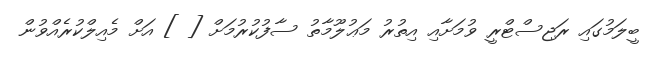
ބީލަމުގައި ރަޖިސްޓްރީ ވުމަށާއި އިތުރު މަޢުލޫމާތު ސާފުކުރުމަށް [ ] އަށް މެއިލްކުރެއްވުން